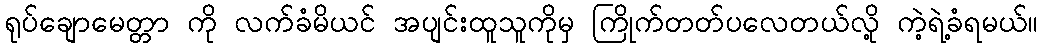
ရုပ်ချောမေတ္တာ ကို လက်ခံမိယင် အပျင်းထူသူကိုမှ ကြိုက်တတ်ပလေတယ်လို့ ကဲ့ရဲ့ခံရမယ်။